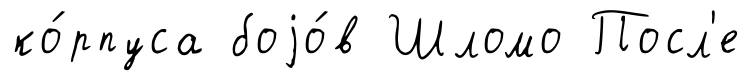
ко́рпуса боjо́в Шломо Посл'е